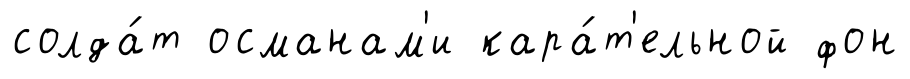
солда́т османам'и кара́т'ельной фон